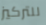
للتركيز